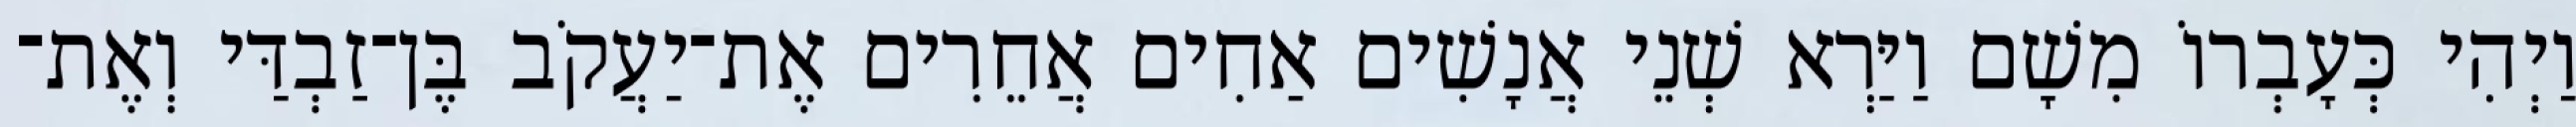
וַיְהִי כְּעָבְרוֹ מִשָׁם וַיַּרְא שְׁנֵי אֲנָשִׁים אַחִים אֲחֵרִים אֶת־יַעֲקֹב בֶּן־זַבְדַּי וְאֶת־